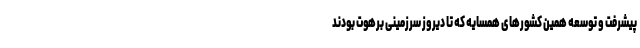
پیشرفت و توسعه همین کشورهای همسایه که تا دیروز سرزمینی برهوت بودند